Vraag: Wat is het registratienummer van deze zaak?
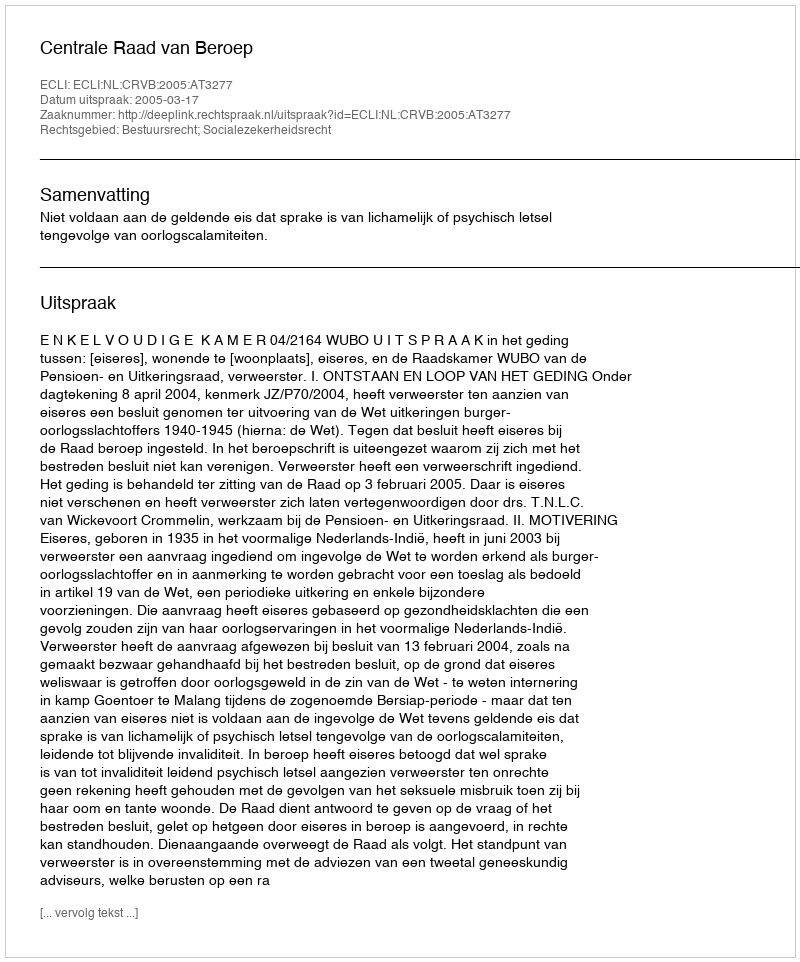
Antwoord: http://deeplink.rechtspraak.nl/uitspraak?id=ECLI:NL:CRVB:2005:AT3277